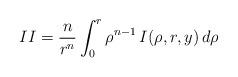
LaTeX: \begin{align*}II&=\dfrac{n}{r^n}\int_0^r \rho^{n-1}\,I(\rho,r,y)\,d\rho\end{align*}